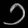
Digit: ၁